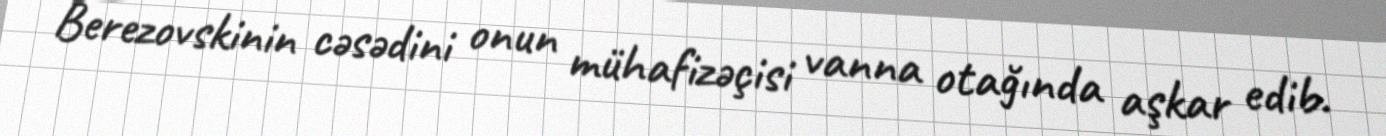
Berezovskinin cəsədini onun mühafizəçisi vanna otağında aşkar edib.